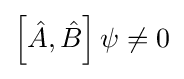
\left[{\hat {A}},{\hat {B}}\right]\psi \neq 0